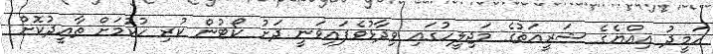
ހަމީދު އިއްޔެގެ ޝަރީއަތުގެ މަޖިލީހުގައި ވިދާޅުވެފައިވަނީ ދަށު ކޯޓުން ކުރި ހުކުމަށް ތާއީދުކޮށް